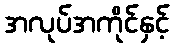
အလုပ်အကိုင်နှင့်